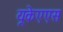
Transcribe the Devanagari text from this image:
यूकेएएस